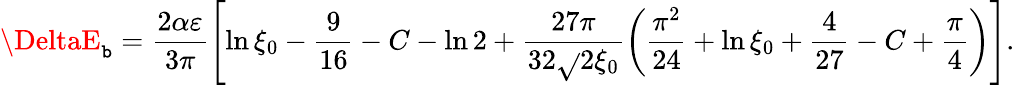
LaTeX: \DeltaE_{\mathtt{b}}=\frac{{2\alpha\varepsilon}}{{3\pi}}\left[\ln\xi_{0}-\frac{{9}}{{16}}-C-\ln2+\frac{{27\pi}}{{32\sqrt{}{{2}}\xi_{0}}}\left(\frac{{\pi^{2}}}{{24}}+\ln\xi_{0}+\frac{{4}}{{27}}-C+\frac{{\pi}}{{4}}\right)\right].